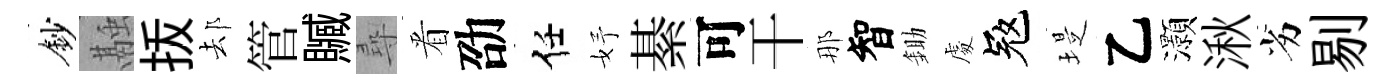
鈔融㧞𨚫管贓尋㸔劭任妤綦可干那智鋤䖏冦堤乙灝湫劣剔